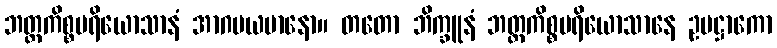
ဘတ္တကိစ္စပရိယောသာနံ အာဂမယမာနော။ တတော ဘိက္ခူနံ ဘတ္တကိစ္စပရိယောသာနေ ဥပဋ္ဌာကော